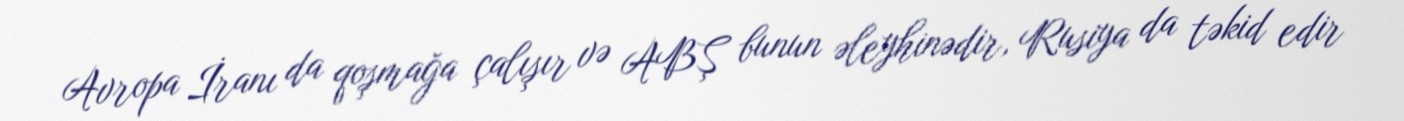
Avropa İranı da qoşmağa çalışır və ABŞ bunun əleyhinədir, Rusiya da təkid edir